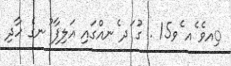
ިއވެ ެއ ެވ15 . ގު ަދ ެނއްގައި އަލިފާ ުނގެ ހާދި